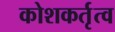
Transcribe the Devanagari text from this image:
कोशकर्तृत्व